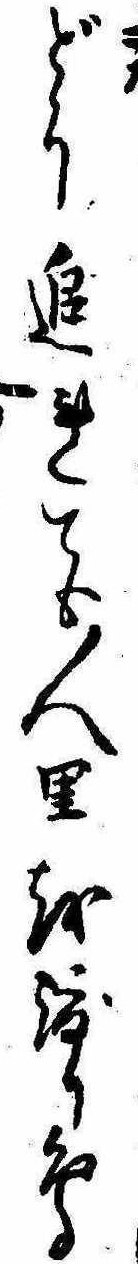
どう追れても人里を渡り鳥